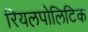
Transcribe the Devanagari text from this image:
रियलपोलिटिक